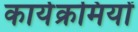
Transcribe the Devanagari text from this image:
कार्यक्रमियों